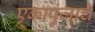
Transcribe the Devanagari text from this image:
एकापुंजाचे